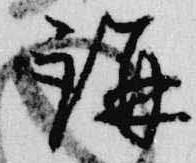
講